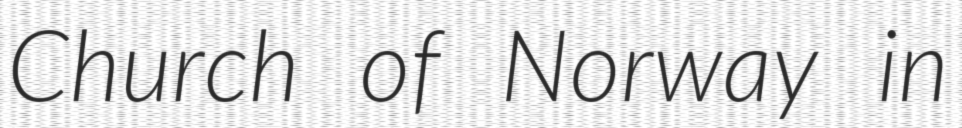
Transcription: Church of Norway in